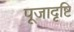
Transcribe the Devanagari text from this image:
पूजादृष्टि